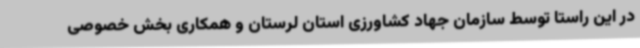
در این راستا توسط سازمان جهاد کشاورزی استان لرستان و همکاری بخش خصوصی